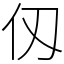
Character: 仭